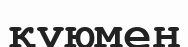
құюмен